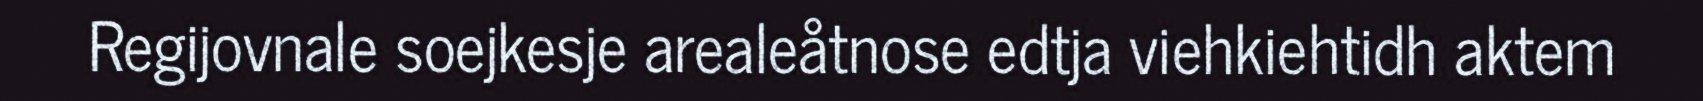
Regijovnale soejkesje arealeåtnose edtja viehkiehtidh aktem